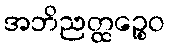
အဘိညတ္ထဉ္စေဝ